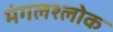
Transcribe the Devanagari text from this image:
मंगलश्लोक